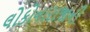
લોકોનારાજાની